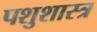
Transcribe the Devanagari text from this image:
पशुशास्त्र